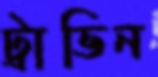
ট্রাভিন